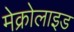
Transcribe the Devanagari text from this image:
मेक्रोलाइड